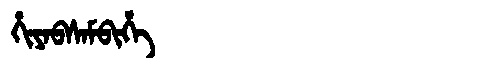
Manchu: ᡥᡳᠶᠠᠪᠰᠠᠮᠪᡳᡥᡝ
Romanization: HIYABSAMBIHE